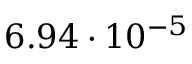
6 . 9 4 \cdot 1 0 ^ { - 5 }